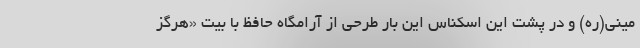
مینی(ره) و در پشت این اسکناس این بار طرحی از آرامگاه حافظ با بیت «هرگز